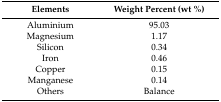
| Elements | Weight Percent (wt %) |
 | --- | --- |
 | Aluminium | 95.03 |
 | Magnesium | 1.17 |
 | Silicon | 0.34 |
 | Iron | 0.46 |
 | Copper | 0.15 |
 | Manganese | 0.14 |
 | Others | Balance |